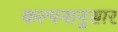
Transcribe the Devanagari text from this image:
कल्पनानुसार